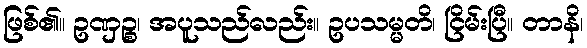
ဖြစ်၏။ ဥဏှဉ္စ၊ အပူသည်လည်း။ ဥပသမ္မတိ၊ ငြိမ်းပြီ။ တာနိ၊